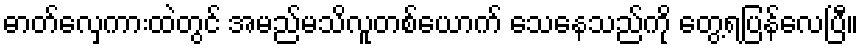
ဓာတ်လှေကားထဲတွင် အမည်မသိလူတစ်ယောက် သေနေသည်ကို တွေ့ရပြန်လေပြီ။